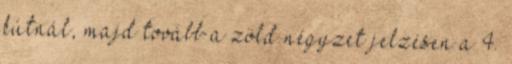
kútnál, majd tovább a zöld négyzet jelzésen a 4.